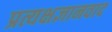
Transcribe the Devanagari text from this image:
प्रत्यक्षज्ञानवाद